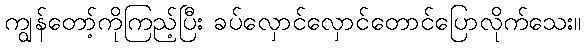
ကျွန်တော့်ကိုကြည့်ပြီး ခပ်လှောင်လှောင်တောင်ပြောလိုက်သေး။